Civil Veterinary Dept. Assam report 1927-50 - 1927-1950
Year: 1927
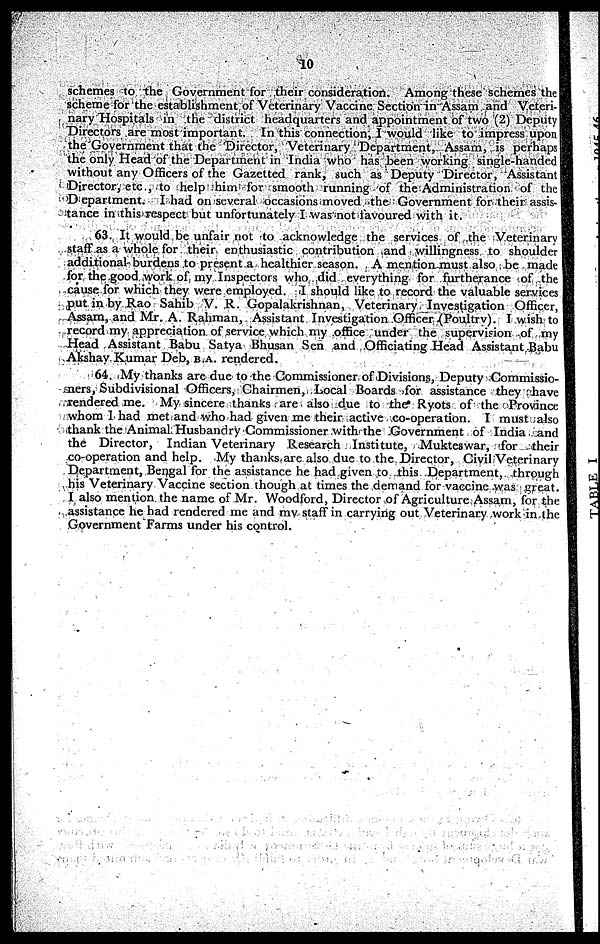
10
schemes to the Government for their consideration. Among these schemes the
scheme for the establishment of Veterinary Vaccine Section in Assam and Veteri-
nary Hospitals in the district headquarters and appointment of two (2) Deputy
Directors are most important. In this connection, I would like to impress upon
the Government that the Director, Veterinary Department, Assam, is perhaps
the only Head of the Department in India who has been working single-handed
without any Officers of the Gazetted rank, such as Deputy Director, Assistant
Director, etc., to help him for smooth running of the Administration of the
Department. I had on several occasions moved the Government for their assis-
tance in this respect but unfortunately I was not favoured with it.
63. It would be unfair not to acknowledge the services of the Veterinary
staff as a whole for their enthusiastic contribution and willingness to shoulder
additional burdens to present a healthier season. A mention must also be made
for the good work of my Inspectors who did everything for furtherance of the
cause for which they were employed. I should like to record the valuable services
put in by Rao Sahib V. R. Gopalakrishnan, Veterinary Investigation Officer,
Assam, and Mr. A. Rahman, Assistant Investigation Officer (Poultry). I wish to
record my appreciation of service which my office under the supervision of my
Head Assistant Babu Satya Bhusan Sen and Officiating Head Assistant Babu
Akshay Kumar Deb, B.A. rendered.
64. My thanks are due to the Commissioner of Divisions, Deputy Commissio-
ners, Subdivisional Officers, Chairmen, Local Boards for assistance they have
rendered me. My sincere thanks are also due to the Ryots of the Province
whom I had met and who had given me their active co-operation. I must also
thank the Animal Husbandry Commissioner with the Government of India and
the Director, Indian Veterinary Research Institute, Mukteswar, for their
co-operation and help. My thanks are also due to the Director, Civil Veterinary
Department, Bengal for the assistance he had given to this Department, through
his Veterinary Vaccine section though at times the demand for vaccine was great.
I also mention the name of Mr. Woodford, Director of Agriculture Assam, for the
assistance he had rendered me and my staff in carrying out Veterinary work in the
Government Farms under his control.